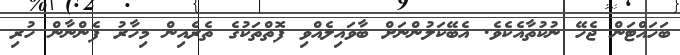
ބަހައްޓަން ޖެހޭ ނުކުތާއެކެވެ. އެބޭކަލުންނަށް ބާވައިލެއްވި ފޮތްތަކުގެ ތެރެއިން މިހާރު ފެންނާން ހުރި